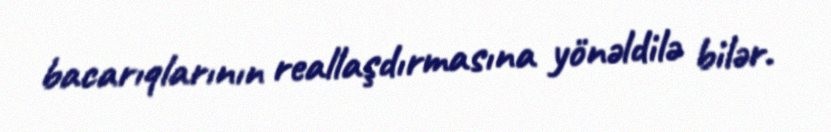
bacarıqlarının reallaşdırmasına yönəldilə bilər.